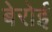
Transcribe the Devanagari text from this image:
बेरोई